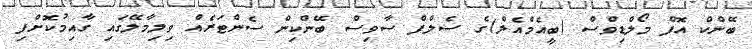
ބޭންކް އޮފް މޯލްޑިވްސް (ބީއެމްއެލް)ގެ ސެލްފް ސާވިސް ބޭންކިން ސެންޓަރެއް ވިލިމާލޭގައި ގާއިމުކޮށްފި